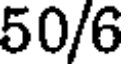
50/6